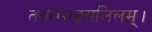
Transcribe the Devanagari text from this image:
तवाभ्यङ्गसलिलम्।